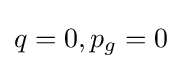
q=0,p_{g}=0